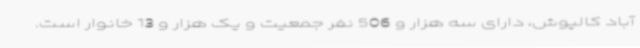
آباد کالپوش، دارای سه هزار و 506 نفر جمعیت و یک هزار و 13 خانوار است.